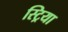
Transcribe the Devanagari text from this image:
स्ट्रिया